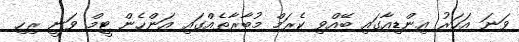
ވަނަ އަހަރު އިންޑިއާގައި ބޭއްވި ކެރަމް މުބާރާތެއްގައި އަންހެން ޓީމް ވަނީ ރިހި